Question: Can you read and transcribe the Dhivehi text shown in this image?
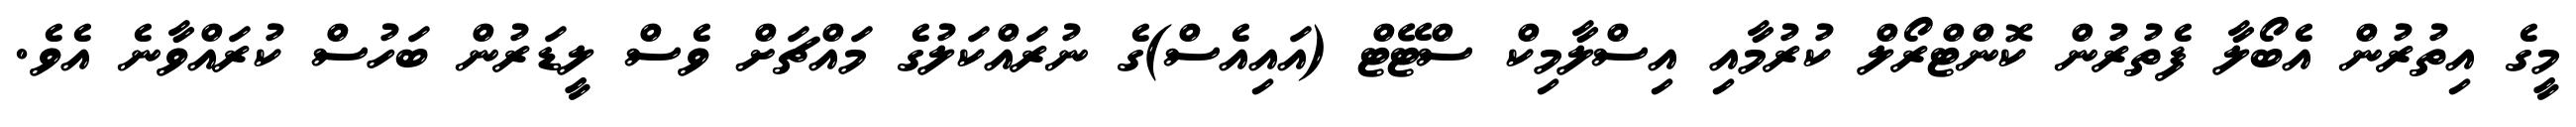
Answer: މީގެ އިތުރުން އެބޯލާ ފެތުރުން ކޮންޓްރޯލް ކުރުމާއި އިސްލާމިކް ސްޓޭޓް (އައިއެސް)ގެ ނުރައްކަލުގެ މައްޗަށް ވެސް ލީޑަރުން ބަހުސް ކުރައްވާނެ އެވެ.